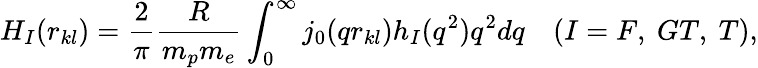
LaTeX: H_{I}(r_{kl})=\frac{2}{\pi}\frac{R}{m_{p}m_{e}}\int_{0}^{\infty}j_{0}(qr_{kl})h_{I}(q^{2})q^{2}dq~~~~(I=F,~GT,~T),